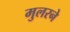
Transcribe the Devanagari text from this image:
मुलरने